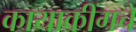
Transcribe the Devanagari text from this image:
कायाकींगचे